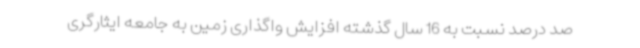
صد درصد نسبت به 16 سال گذشته افزایش واگذاری زمین به جامعه ایثارگری